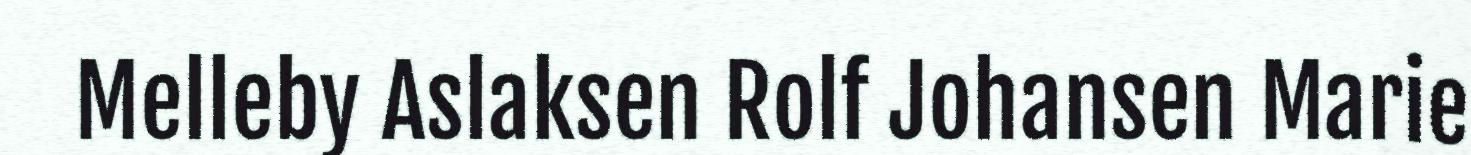
Melleby Aslaksen Rolf Johansen Marie